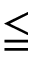
\leqq